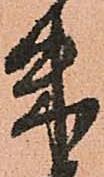
朱